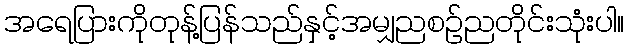
အရေပြားကိုတုန့်ပြန်သည်နှင့်အမျှညစဉ်ညတိုင်းသုံးပါ။